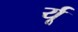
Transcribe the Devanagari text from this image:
र्यू